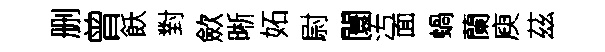
删曾飫對歛晰妬尉闤汚面蝸蘭庾茲